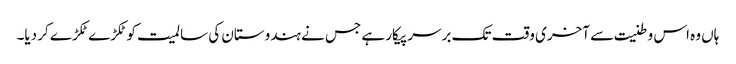
ہاں وہ اس وطنیت سے آخری وقت تک برسر پیکار ہے جس نے ہندوستان کی سالمیت کو ٹکڑے ٹکڑے کر دیا۔